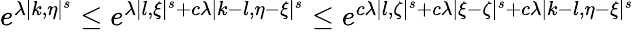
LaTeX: \begin{array}{r}{e^{\lambda|k,\eta|^{s}}\leq e^{\lambda|l,\xi|^{s}+c\lambda|k-l,\eta-\xi|^{s}}\leq e^{c\lambda|l,\zeta|^{s}+c\lambda|\xi-\zeta|^{s}+c\lambda|k-l,\eta-\xi|^{s}}}\end{array}